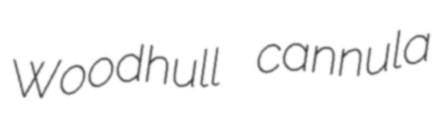
Woodhull cannula